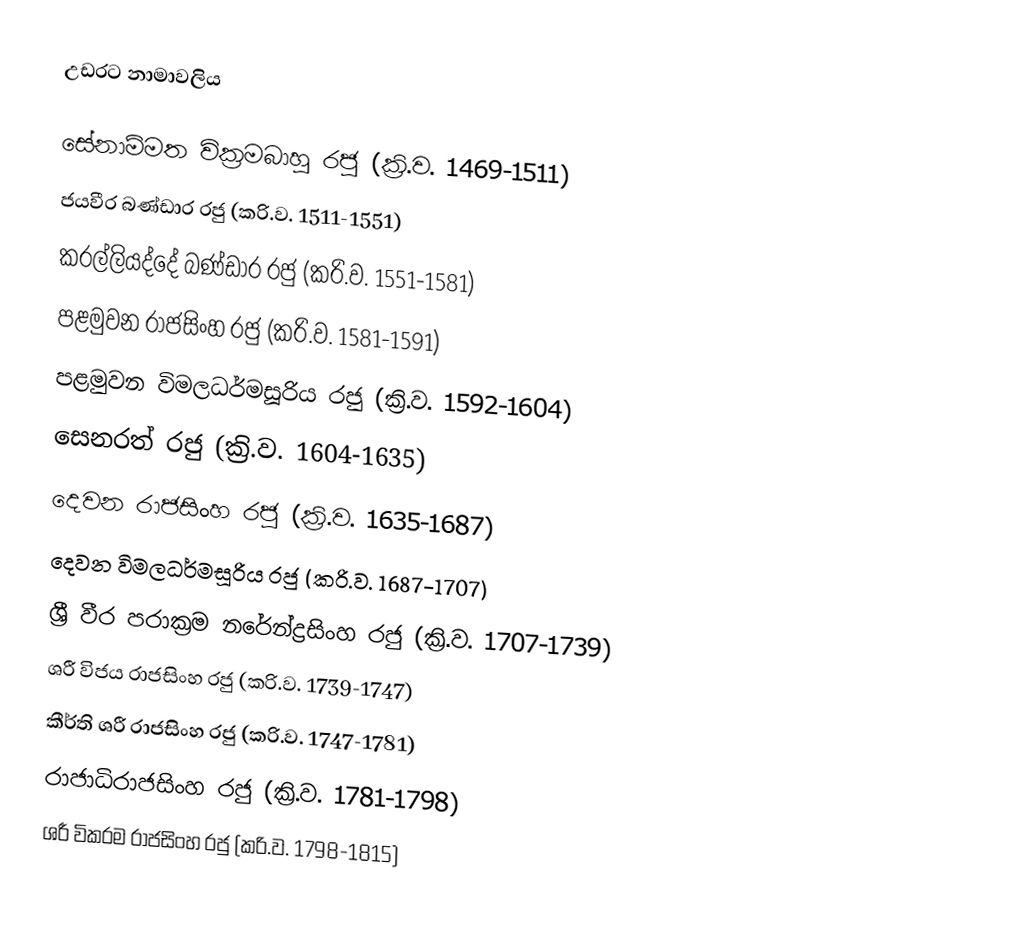
උඩරට නාමාවලිය

 සේනාම්මත වික‍්‍රමබාහු රජු (ක‍්‍රි.ව. 1469-1511)
 ජයවීර බණ්ඩාර රජු (ක‍්‍රි.ව. 1511-1551)
 කරල්ලියද්දේ බණ්ඩාර රජු (ක‍්‍රි.ව. 1551-1581)
 පළමුවන රාජසිංහ රජු (ක‍්‍රි.ව. 1581-1591)
 පළමුවන විමලධර්මසූරිය රජු (ක‍්‍රි.ව. 1592-1604)
 සෙනරත් රජු (ක‍්‍රි.ව. 1604-1635)
 දෙවන රාජසිංහ රජු (ක‍්‍රි.ව. 1635-1687)
 දෙවන විමලධර්මසූරිය රජු (ක‍්‍රි.ව. 1687-1707)
 ශ‍්‍රී වීර පරාක‍්‍රම නරේන්ද්‍රසිංහ රජු (ක‍්‍රි.ව. 1707-1739)
 ශ‍්‍රී විජය රාජසිංහ රජු (ක‍්‍රි.ව. 1739-1747)
 කීර්ති ශ‍්‍රී රාජසිංහ රජු (ක‍්‍රි.ව. 1747-1781)
 රාජාධිරාජසිංහ රජු (ක‍්‍රි.ව. 1781-1798)
 ශ‍්‍රී වික‍්‍රම රාජසිංහ රජු (ක‍්‍රි.ව. 1798-1815)